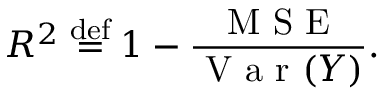
R ^ { 2 } \stackrel { \mathrm { d e f } } { = } 1 - \frac { \mathrm { ~ M ~ S ~ E ~ } } { \mathrm { ~ V ~ a ~ r ~ } ( Y ) } .